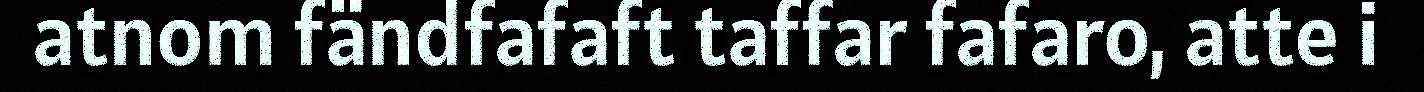
atnom fändfafaft taffar fafaro, atte i